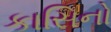
કાસિનો